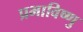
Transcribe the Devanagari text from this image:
प्रभाविष्णु